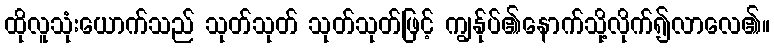
ထိုလူသုံးယောက်သည် သုတ်သုတ် သုတ်သုတ်ဖြင့် ကျွန်ုပ်၏နောက်သို့လိုက်၍လာလေ၏။